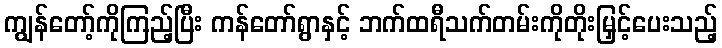
ကျွန်တော့်ကိုကြည့်ပြီး ကန်တော်ရွာနှင့် ဘက်ထရီသက်တမ်းကိုတိုးမြှင့်ပေးသည့်